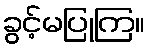
ခွင့်မပြုကြ။